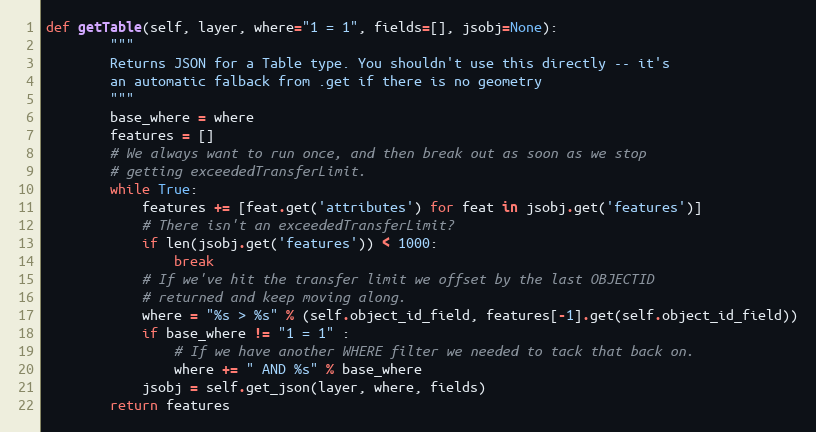
Language: Python
def getTable(self, layer, where="1 = 1", fields=[], jsobj=None):
        """
        Returns JSON for a Table type. You shouldn't use this directly -- it's
        an automatic falback from .get if there is no geometry
        """
        base_where = where
        features = []
        # We always want to run once, and then break out as soon as we stop
        # getting exceededTransferLimit.
        while True:
            features += [feat.get('attributes') for feat in jsobj.get('features')]
            # There isn't an exceededTransferLimit?
            if len(jsobj.get('features')) < 1000:
                break
            # If we've hit the transfer limit we offset by the last OBJECTID
            # returned and keep moving along.
            where = "%s > %s" % (self.object_id_field, features[-1].get(self.object_id_field))
            if base_where != "1 = 1" :
                # If we have another WHERE filter we needed to tack that back on.
                where += " AND %s" % base_where
            jsobj = self.get_json(layer, where, fields)
        return features